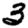
Digit: 3